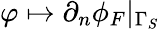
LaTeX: \varphi\mapsto\partial_{n}\phi_{F}\vert_{\Gamma_{S}}